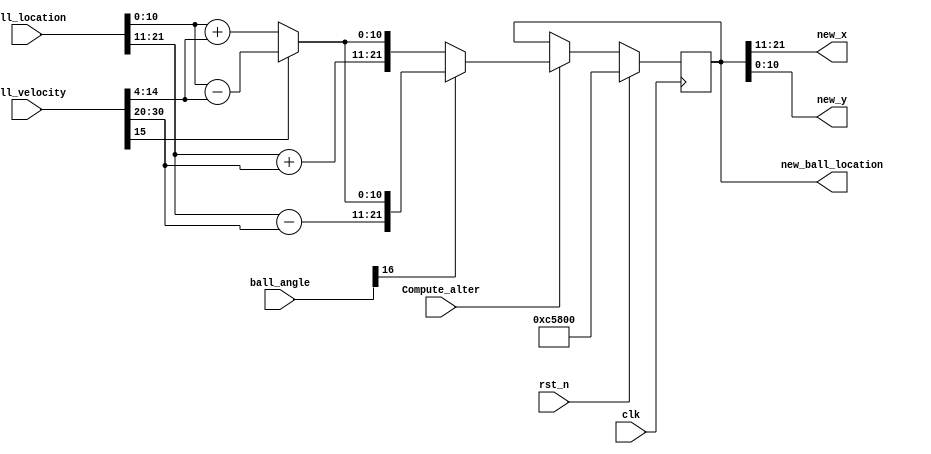
module alter_location (
    input clk,
    input rst_n,
    input Compute_alter,
    input [31:0] ball_velocity,
    input [21:0] ball_location,
    input [16:0] ball_angle,
    output reg [21:0] new_ball_location,
    output reg [10:0] new_x,
    output reg [10:0] new_y // for vga
);
    
always @(posedge clk) begin
    if(rst_n)
    begin
        new_ball_location = 22'b001_1000_1011_000_0000_0000; //
    end
    //
    else if(Compute_alter)begin
        if(ball_angle[16] == 1)
        begin
            if(ball_velocity[15] == 0)
                new_ball_location = {ball_location[21:11]-ball_velocity[30:20], ball_location[10:0]+ball_velocity[14:4]};
            else
                new_ball_location = {ball_location[21:11]-ball_velocity[30:20], ball_location[10:0]-ball_velocity[14:4]};
        end
        else if(ball_angle[16] == 0)
        begin
            if(ball_velocity[15] == 0)    
                new_ball_location = {ball_location[21:11]+ball_velocity[30:20], ball_location[10:0]+ball_velocity[14:4]};
            else
                new_ball_location = {ball_location[21:11]+ball_velocity[30:20], ball_location[10:0]-ball_velocity[14:4]};
        end
    end
end
//vga
always @(*) begin
    new_x = new_ball_location[21:11];
    new_y = new_ball_location[10:0];
end

endmodule